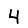
Digit: 4